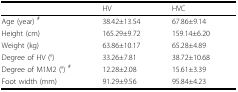
<table><thead><tr><td></td><td><b>HV</b></td><td><b>HVC</b></td></tr></thead><tbody><tr><td>Age (year) <sup>#</sup></td><td>38.42±13.54</td><td>67.86±9.14</td></tr><tr><td>Height (cm)</td><td>165.29±9.72</td><td>159.14±6.20</td></tr><tr><td>Weight (kg)</td><td>63.86±10.17</td><td>65.28±4.89</td></tr><tr><td>Degree of HV (°)</td><td>33.26±7.81</td><td>38.72±10.68</td></tr><tr><td>Degree of M1M2 (°) <sup>#</sup></td><td>12.28±2.08</td><td>15.61±3.39</td></tr><tr><td>Foot width (mm)</td><td>91.29±9.56</td><td>95.84±4.23</td></tr></tbody></table>